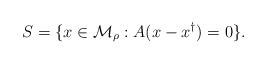
LaTeX: \begin{align*}S= \{ x\in {\mathcal M}_\rho: A(x-x^\dag)=0\}.\end{align*}